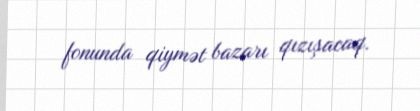
fonunda qiymət bazarı qızışacaq.